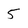
Character: 5